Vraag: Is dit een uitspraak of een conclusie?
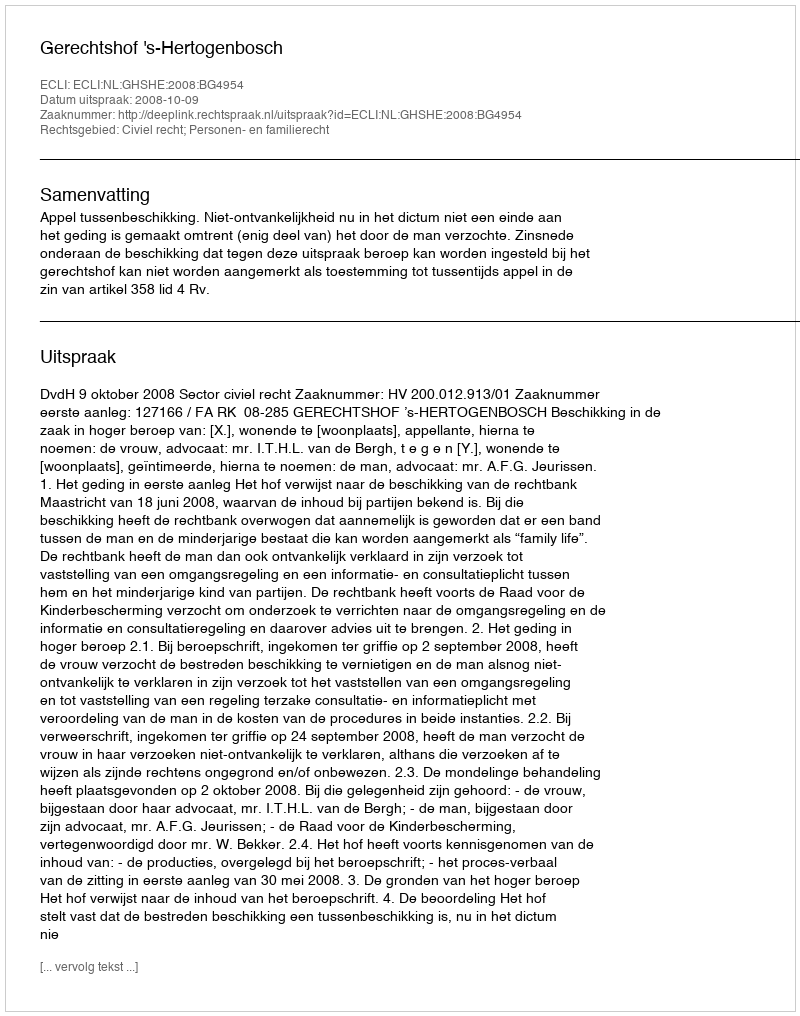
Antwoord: Uitspraak